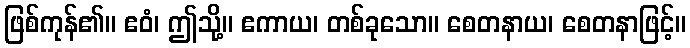
ဖြစ်ကုန်၏။ ဧဝံ၊ ဤသို့။ ဧကာယ၊ တစ်ခုသော။ စေတနာယ၊ စေတနာဖြင့်။